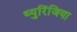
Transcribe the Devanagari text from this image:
थ्युरिंजिया